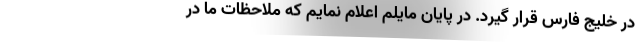
در خلیج فارس قرار گیرد. در پایان مایلم اعلام نمایم که ملاحظات ما در